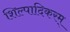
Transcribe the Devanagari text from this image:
शिल्पादिकरम्